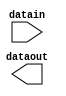
// megafunction wizard: %ALTIOBUF%VBB%
// GENERATION: STANDARD
// VERSION: WM1.0
// MODULE: altiobuf_in 

// ============================================================
// Megafunction Name(s):
// 			altiobuf_in
//
// Simulation Library Files(s):
// 			cycloneive
// ============================================================
// ************************************************************
// THIS IS A WIZARD-GENERATED FILE. DO NOT EDIT THIS FILE!
//
// 18.1.0 Build 625 09/12/2018 SJ Standard Edition
// ************************************************************

//Copyright (C) 2018  Intel Corporation. All rights reserved.
//Your use of Intel Corporation's design tools, logic functions 
//and other software and tools, and its AMPP partner logic 
//functions, and any output files from any of the foregoing 
//(including device programming or simulation files), and any 
//associated documentation or information are expressly subject 
//to the terms and conditions of the Intel Program License 
//Subscription Agreement, the Intel Quartus Prime License Agreement,
//the Intel FPGA IP License Agreement, or other applicable license
//agreement, including, without limitation, that your use is for
//the sole purpose of programming logic devices manufactured by
//Intel and sold by Intel or its authorized distributors.  Please
//refer to the applicable agreement for further details.

module iobuf (
	datain,
	dataout)/* synthesis synthesis_clearbox = 1 */;

	input	[0:0]  datain;
	output	[0:0]  dataout;

endmodule

// ============================================================
// CNX file retrieval info
// ============================================================
// Retrieval info: PRIVATE: INTENDED_DEVICE_FAMILY STRING "Cyclone IV E"
// Retrieval info: PRIVATE: SYNTH_WRAPPER_GEN_POSTFIX STRING "0"
// Retrieval info: LIBRARY: altera_mf altera_mf.altera_mf_components.all
// Retrieval info: CONSTANT: INTENDED_DEVICE_FAMILY STRING "Cyclone IV E"
// Retrieval info: CONSTANT: enable_bus_hold STRING "FALSE"
// Retrieval info: CONSTANT: number_of_channels NUMERIC "1"
// Retrieval info: CONSTANT: use_differential_mode STRING "FALSE"
// Retrieval info: CONSTANT: use_dynamic_termination_control STRING "FALSE"
// Retrieval info: USED_PORT: datain 0 0 1 0 INPUT NODEFVAL "datain[0..0]"
// Retrieval info: USED_PORT: dataout 0 0 1 0 OUTPUT NODEFVAL "dataout[0..0]"
// Retrieval info: CONNECT: @datain 0 0 1 0 datain 0 0 1 0
// Retrieval info: CONNECT: dataout 0 0 1 0 @dataout 0 0 1 0
// Retrieval info: GEN_FILE: TYPE_NORMAL iobuf.v TRUE
// Retrieval info: GEN_FILE: TYPE_NORMAL iobuf.inc FALSE
// Retrieval info: GEN_FILE: TYPE_NORMAL iobuf.cmp FALSE
// Retrieval info: GEN_FILE: TYPE_NORMAL iobuf.bsf FALSE
// Retrieval info: GEN_FILE: TYPE_NORMAL iobuf_inst.v FALSE
// Retrieval info: GEN_FILE: TYPE_NORMAL iobuf_bb.v TRUE
// Retrieval info: LIB_FILE: cycloneive